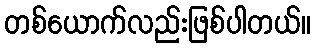
တစ်ယောက်လည်းဖြစ်ပါတယ်။